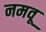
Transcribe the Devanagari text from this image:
नमवू